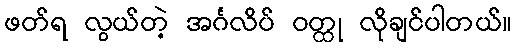
ဖတ်ရ လွယ်တဲ့ အင်္ဂလိပ် ဝတ္ထု လိုချင်ပါတယ်။